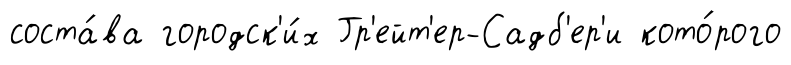
соста́ва городск'и́х Гр'ейт'ер-Садб'ер'и кото́рого